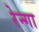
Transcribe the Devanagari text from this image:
रेन्गा